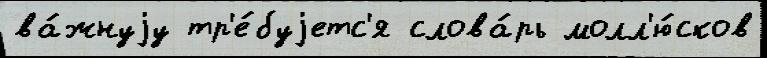
ва́жнуjу тр'е́буjетс'я слова́рь молл'ю́сков